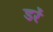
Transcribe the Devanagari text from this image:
डरें